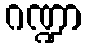
ဂဏ္ဍာ